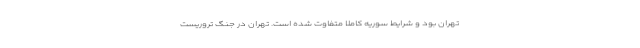
تهران بود و شرایط سوریه کاملا متفاوت شده است. تهران در جنگ تروریست